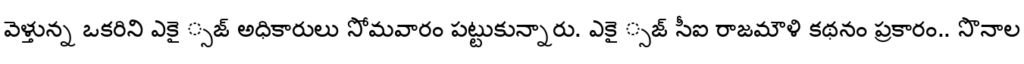
వెళ్తున్న ఒకరిని ఎకై ్సజ్ అధికారులు సోమవారం పట్టుకున్నారు. ఎకై ్సజ్ సీఐ రాజమౌళి కథనం ప్రకారం.. సొనాల